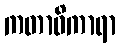
ကတာဓိကာရာ